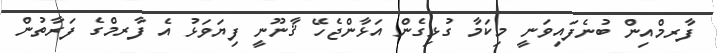
ފާރމްއިން ބުނެފައިވަނީ މިކަމާ ގުޅިގެން އަޅާންޖެހޭ ޤާނޫނީ ފިޔަވަޅު އެ ފާރމްގެ ފަރާތުން